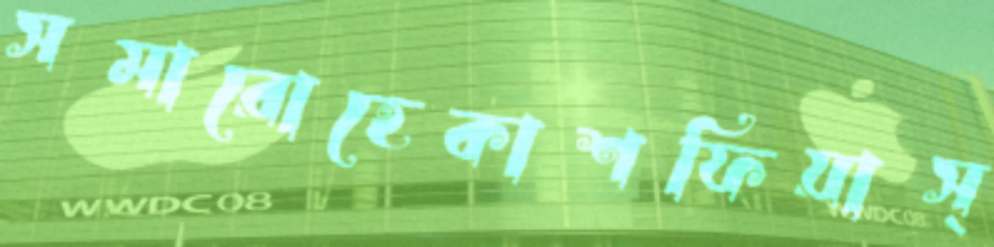
সমারোহেকাশফিয়াস্